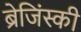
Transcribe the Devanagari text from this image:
ब्रेजिंस्की